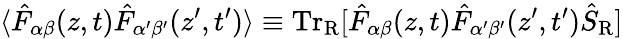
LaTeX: \langle{\hat{F}}_{\alpha\beta}(z,t){\hat{F}}_{\alpha^{\prime}\beta^{\prime}}(z^{\prime},t^{\prime})\rangle\equiv\mathrm{Tr}_{\mathrm{R}}[{\hat{F}}_{\alpha\beta}(z,t){\hat{F}}_{\alpha^{\prime}\beta^{\prime}}(z^{\prime},t^{\prime}){\hat{S}}_{\mathrm{R}}]